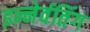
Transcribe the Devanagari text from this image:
इन्नेर्वतिंग